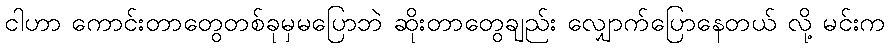
ငါဟာ ကောင်းတာတွေတစ်ခုမှမပြောဘဲ ဆိုးတာတွေချည်း လျှောက်ပြောနေတယ် လို့ မင်းက